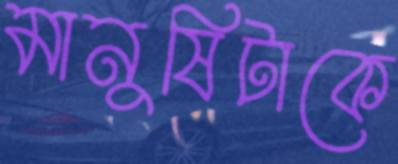
মানুষিটাকে